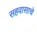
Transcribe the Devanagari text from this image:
सहवासाचे